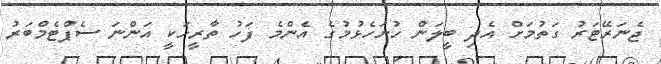
ޖެނަރޭޓަރު ގަތުމަށް އެދި ބީލަން ހުށަހެޅުމުގެ އެންމެ ފަހު ތާރީހަކީ އަންނަ ސެޕްޓެމްބަރު